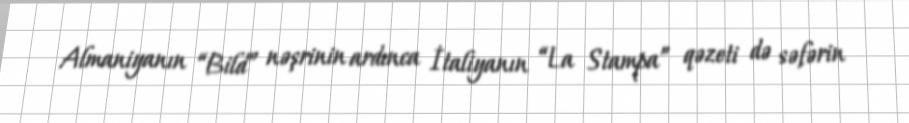
Almaniyanın “Bild” nəşrinin ardınca İtaliyanın “La Stampa” qəzeti də səfərin